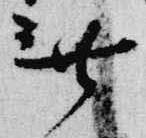
無